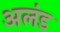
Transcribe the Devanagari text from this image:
अलंड